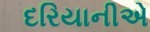
દરિયાનીએ